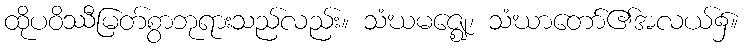
ထိုပဝိဿီမြတ်စွာဘုရားသည်လည်း။ သံဃမဇ္ဈေ၊ သံဃာတော်၏အလယ်၌။